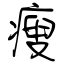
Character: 瘦